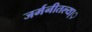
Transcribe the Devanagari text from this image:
जर्मनीतल्या़़